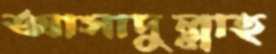
আসাদুল্লাহ